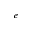
_ e